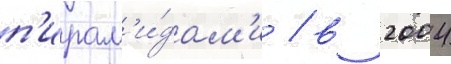
п'ирам'и́дам'и / в 2004